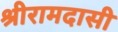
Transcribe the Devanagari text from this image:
श्रीरामदासी